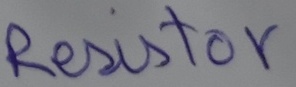
Text: Resistor